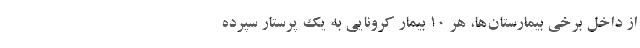
از داخل برخی بیمارستان‌ها، هر ۱۰ بیمار کرونایی به یک پرستار سپرده